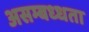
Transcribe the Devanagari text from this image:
असम्बध्धता